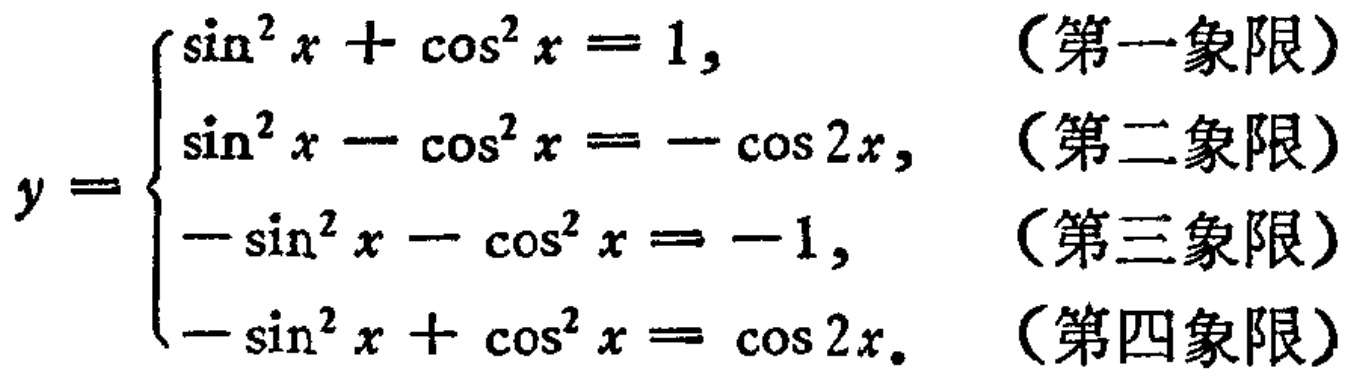
\[

y =

\begin{cases}

\sin^{2}x + \cos^{2}x = 1, & （第一象限） \\

\sin^{2}x - \cos^{2}x = -\cos 2x, & （第二象限） \\

-\sin^{2}x - \cos^{2}x = -1, & （第三象限） \\

-\sin^{2}x + \cos^{2}x = \cos 2x. & （第四象限）

\end{cases}

\]